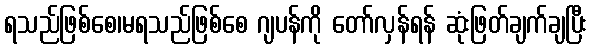
ရသည်ဖြစ်စေ၊မရသည်ဖြစ်စေ ဂျပန်ကို တော်လှန်ရန် ဆုံးဖြတ်ချက်ချပြီး